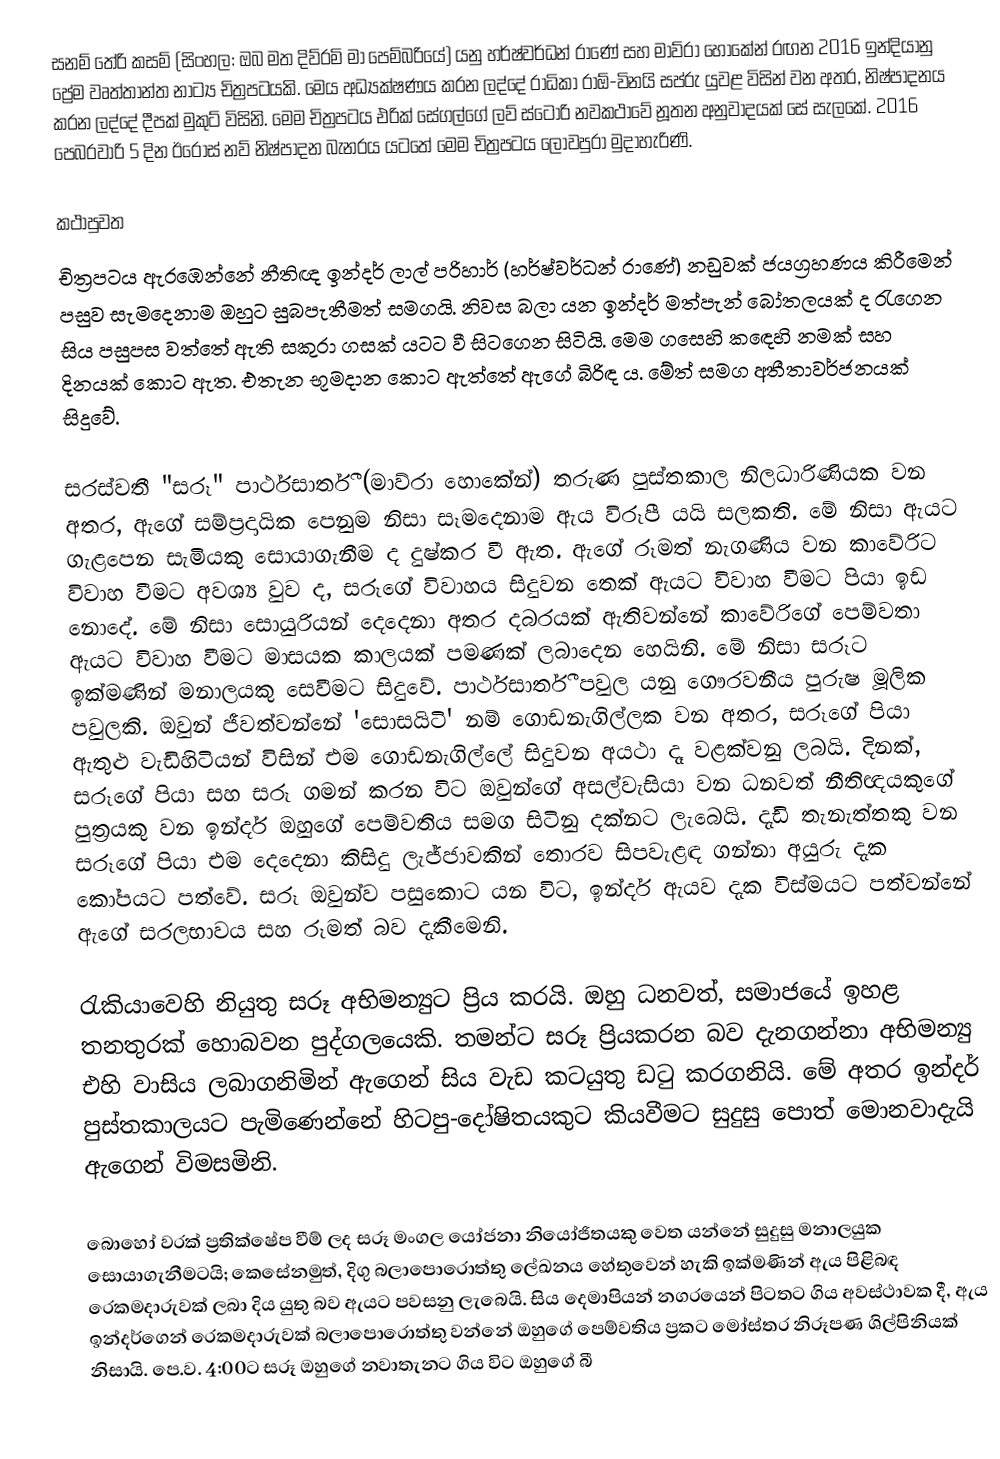
සනම් තේරි කසම් (සිංහල: ඔබ මත දිව්රමි මා පෙම්බරියේ) යනු හර්ෂ්වර්ධන් රාණේ සහ මාව්රා හොකේන් රඟන 2016 ඉන්දියානු ප්‍රේම වෘත්තාන්ත නාට්‍ය චිත්‍රපටයකි. මෙය අධ්‍යක්ෂණය කරන ලද්දේ රාධිකා රාඕ-විනයි සප්රු යුවළ විසින් වන අතර, නිෂ්පාදනය කරන ලද්දේ දීපක් මුකුට් විසිනි. මෙම චිත්‍රපටය එරික් සේගල්ගේ ලව් ස්ටෝරි නවකථාවේ නූතන අනුවාදයක් සේ සැලකේ. 2016 පෙබරවාරි 5 දින ඊරෝස් නව් නිෂ්පාදන බැනරය යටතේ මෙම චිත්‍රපටය ලොවපුරා මුදාහැරිණි.

කථාපුවත
චිත්‍රපටය ඇරඹෙන්නේ නීතිඥ ඉන්දර් ලාල් පරිහාර් (හර්ෂ්වර්ධන් රාණේ) නඩුවක් ජයග්‍රහණය කිරීමෙන් පසුව සැමදෙනාම ඔහුට සුබපැතීමත් සමගයි. නිවස බලා යන ඉන්දර් මත්පැන් බෝතලයක් ද රැගෙන සිය පසුපස වත්තේ ඇති සකුරා ගසක් යටට වී සිටගෙන සිටියි. මෙම ගසෙහි ක‍‍ඳෙහි නමක් සහ දිනයක් කොට ඇත. එතැන භූමදාන කොට ඇත්තේ ඇගේ බිරිඳ ය. මේත් සමග අතීතාවර්ජනයක් සිදුවේ.

සරස්වතී "සරූ" පාර්ථසාර්තී (මාව්රා හොකේන්) තරුණ පුස්තකාල නිලධාරිණියක වන අතර, ඇ‍ගේ සම්ප්‍රදායික පෙනුම නිසා සෑමදෙනාම ඇය විරූපී යයි සලකති. මේ නිසා ඇයට ගැළපෙන සැමියකු සොයාගැනීම ද දුෂ්කර වී ඇත. ඇගේ රූමත් නැගණිය වන කාවේරිට විවාහ වීමට අවශ්‍ය වුව ද, සරූගේ විවාහය සිදුවන තෙක් ඇයට විවාහ වීමට පියා ඉඩ නොදේ. මේ නිසා සොයුරියන් දෙදෙනා අතර දබරයක් ඇතිවන්නේ කාවේරිගේ පෙම්වතා ඇයට විවාහ වීමට මාසයක කාලයක් පමණක් ලබාදෙන හෙයිනි. මේ නිසා සරූට ඉක්මණින් මනාලයකු සෙවීමට සිදුවේ. පාර්ථසාර්තී පවුල යනු ගෞරවනීය පුරුෂ මූලික පවුලකි. ඔවුන් ජීවත්වන්නේ 'සොසයිටි' නම් ගොඩනැගිල්ලක වන අතර, සරූගේ පියා ඇතුළු වැඩිහිටියන් විසින් එම ගොඩනැගිල්ලේ සිදුවන අයථා දෑ වළක්වනු ලබයි. දිනක්, සරූගේ පියා සහ සරූ ගමන් කරන විට ඔවුන්ගේ අසල්වැසියා වන ධනවත් නීතිඥයකුගේ පුත්‍රයකු වන ඉන්දර් ඔහුගේ පෙම්වතිය සමග සිටිනු දක්නට ලැබෙයි. දැඩි තැනැත්තකු වන සරූගේ පියා එම දෙදෙනා කිසිදු ලැජ්ජාවකින් තොරව සිපවැළඳ ගන්නා අයුරු දැක කෝපයට පත්වේ. සරූ ඔවුන්ව පසුකොට යන විට, ඉන්දර් ඇයව දැක විස්මයට පත්වන්නේ ඇගේ සරලභාවය සහ රූමත් බව දැකීමෙනි.

රැකියාවෙහි නියුතු සරූ අභිමන්‍යුට ප්‍රිය කරයි. ඔහු ධනවත්, සමාජයේ ඉහළ තනතුරක් හොබවන පුද්ගලයෙකි. තමන්ට සරූ ප්‍රියකරන බව දැනගන්නා අභිමන්‍යු එහි වාසිය ලබාගනිමින් ඇගෙන් සිය වැඩ කටයුතු ඩටු කරගනියි. මේ අතර ඉන්දර් පුස්තකාලයට පැමිණෙන්නේ හිටපු-දෝෂිතයකුට කියවීමට සුදුසු පොත් මොනවාදැයි ඇගෙන් විමසමිනි.

බොහෝ වරක් ප්‍රතික්ෂේප වීම් ලද සරූ මංගල යෝජනා නියෝජිතයකු වෙත යන්නේ සුදුසු මනාලයුක සොයාගැනීමටයි; කෙසේනමුත්, දිගු බලාපොරොත්තු ලේඛනය හේතුවෙන් හැකි ඉක්මණින් ඇය පිළිබඳ රෙකමදාරුවක් ලබා දිය යුතු බව ඇයට පවසනු ලැබෙයි. සිය දෙමාපියන් නගරයෙන් පිටතට ගිය අවස්ථාවක දී, ඇය ඉන්දර්ගෙන් රෙකමදාරුවක් බලාපොරොත්තු වන්නේ ඔහුගේ පෙම්වතිය ප්‍රකට මෝස්තර නිරූපණ ශිල්පිනියක් නිසායි. පෙ.ව. 4:00ට සරූ ඔහුගේ නවාතැනට ගිය විට ඔහුගේ බී